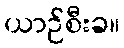
ယာဉ်စီးခ။